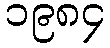
၁၉၈၄